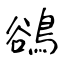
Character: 鵒